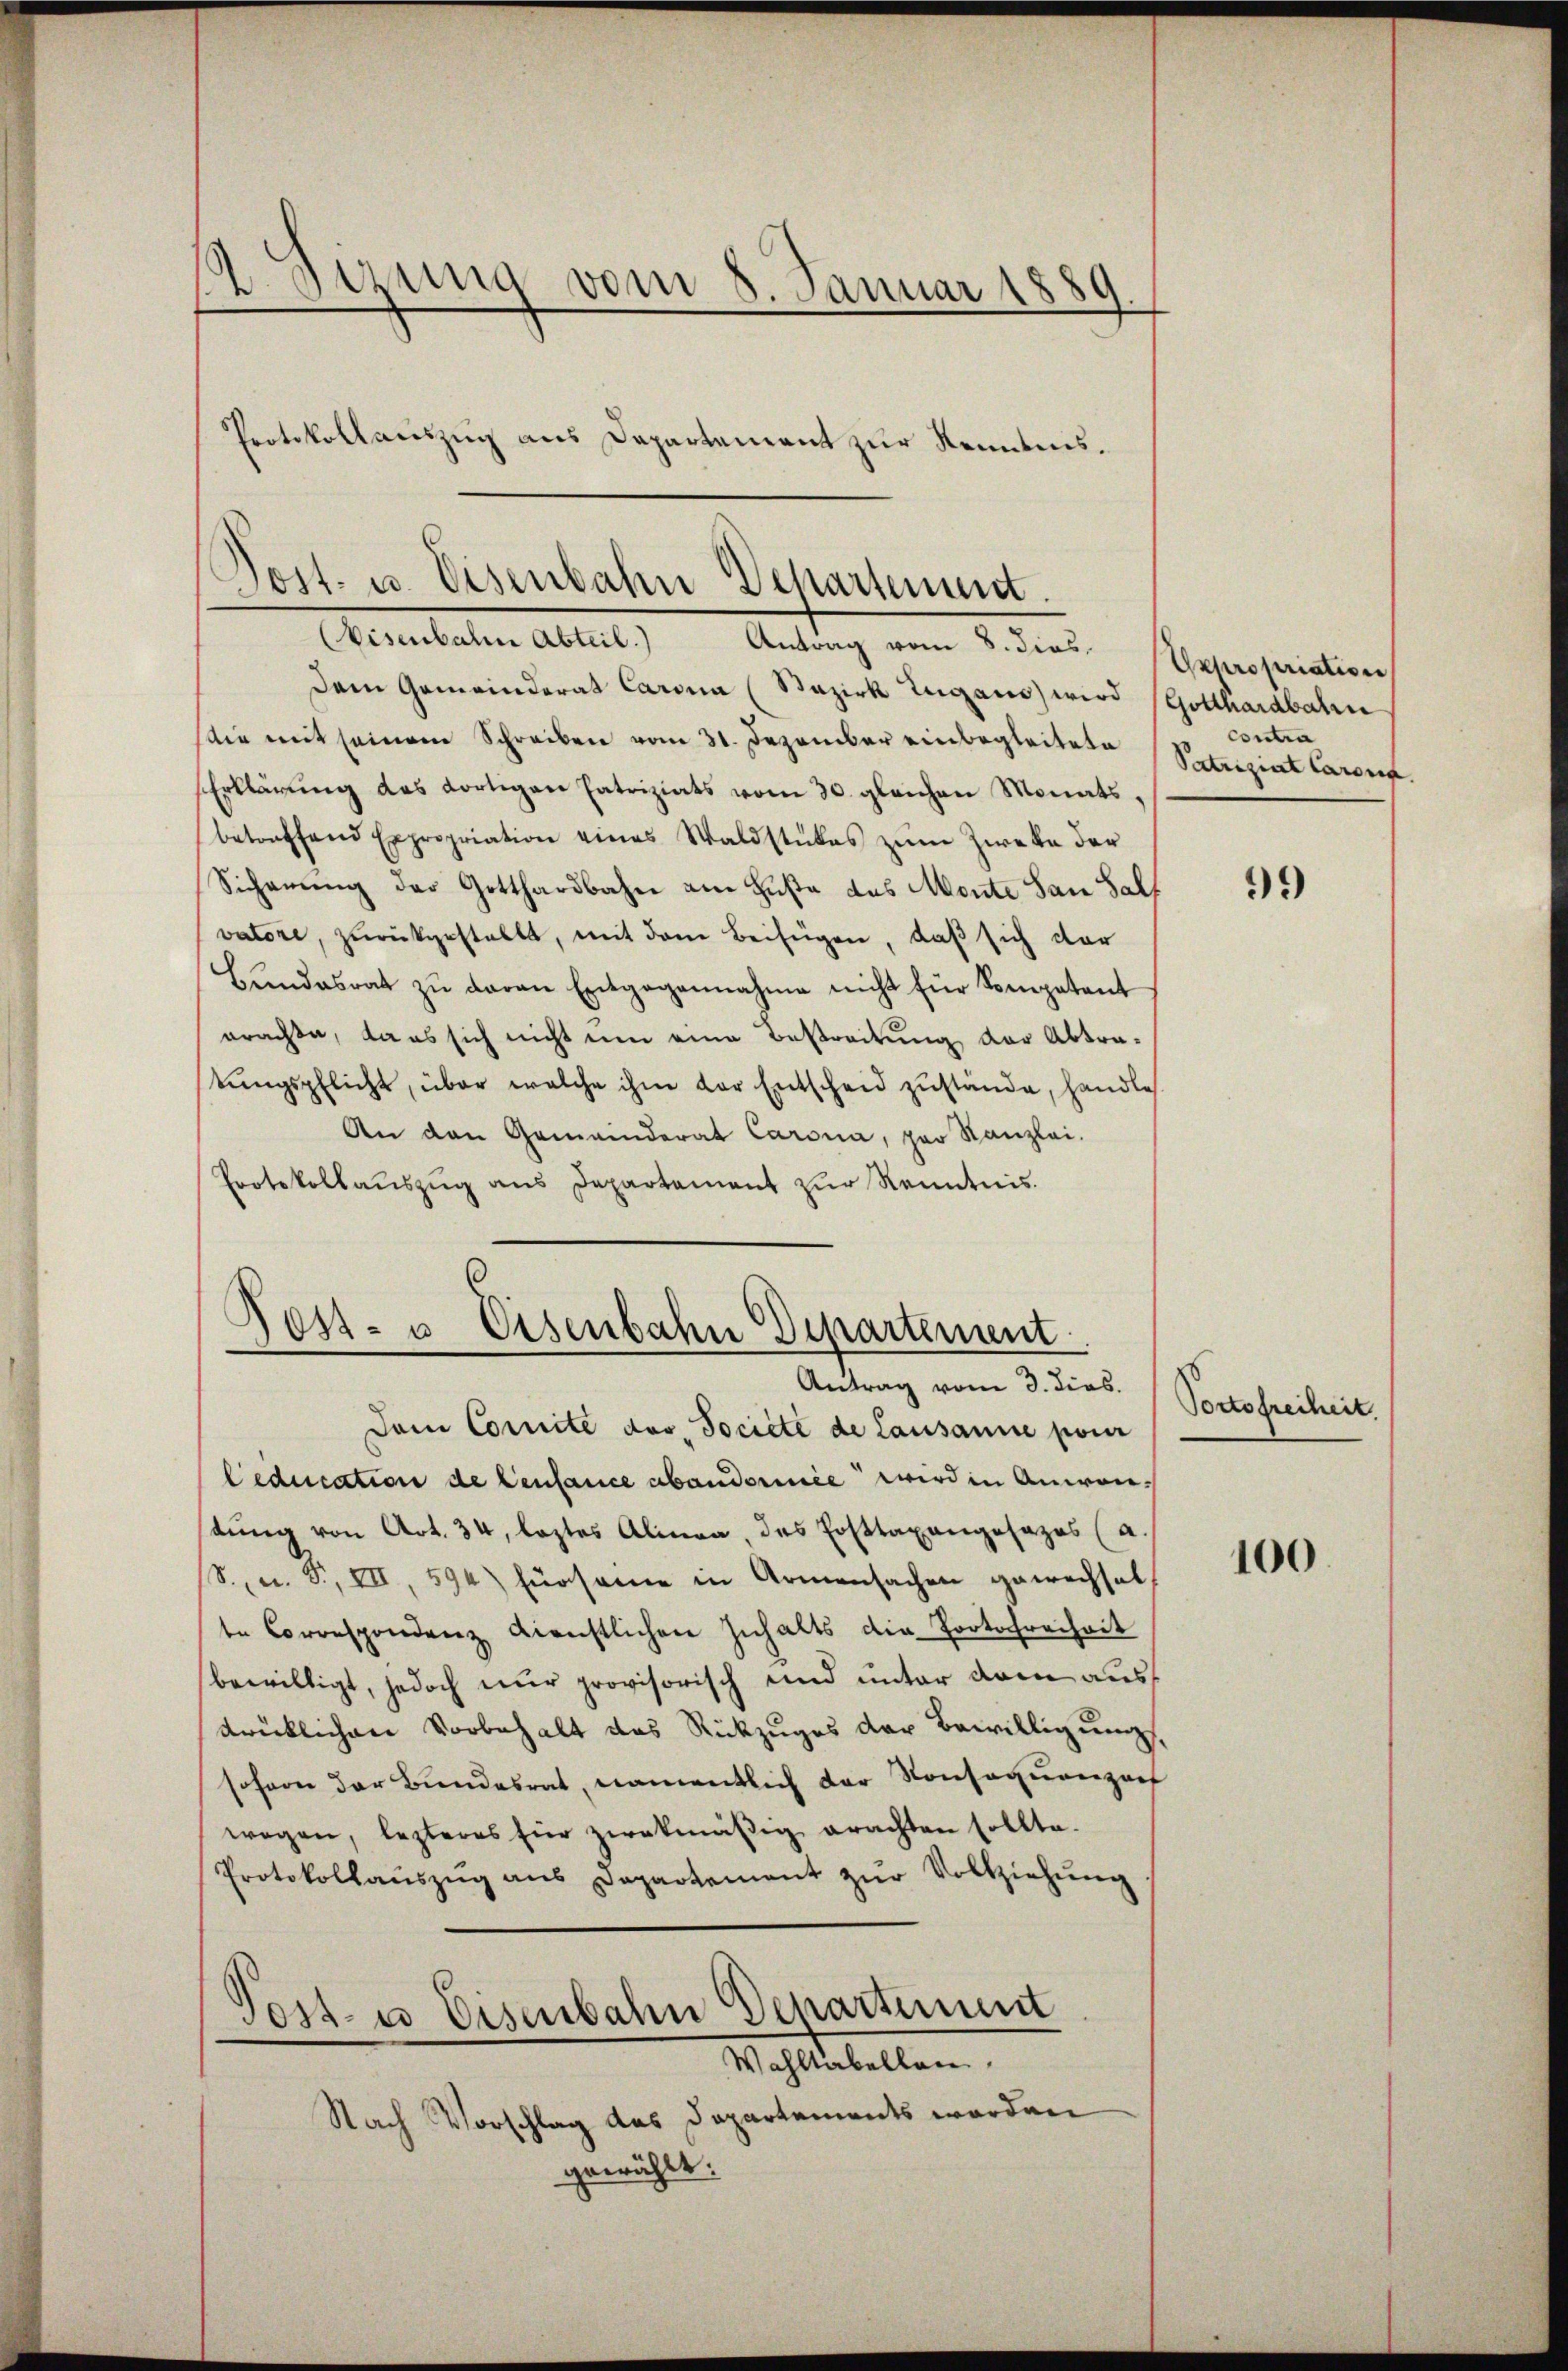
2 Sizung vom 8. Januar 1889

Post- u. Eisenbahn Departement.

Eisenbahn Abteil.) Antrag vom 8. dies
Dem Gemeinderat Carina (Bezirk Lugano wird Gotthardbahre
ie mit seinem Schreiben vom 31. Dezember einbegleitete
Erklärŭng des dortigen Patriziats vom 30. gleichen Monats,
betreffend Expropriation eines Waldstückes zŭm Zwecke der
Sicherung der Gotthardbahn am Husa des Monte San Salf
vatore, zurückgestellt, mit dem Beifügen, daß sich dar
Bŭndesrat zŭ davon Entgegennahme nicht für Sompetent
erachte, dans sich nicht um eine Bestreitung der Abtra-
tŭngspflicht, über welche ihm vor Entscheid zustände, handle
An den Gemeinderat Carona, par Kanzlei-
Protokollaŭszŭg ans Departement zŭr Kenntnis.

Post- u. Eisenbahn Departement
-
—
Antrag vom 3. dies.

Dem Cornité dos, Société de Lausanne pou
leducation de Centance abandormie wird in Anwenstung von Art. 34, leztes Alinea, das Posttaxangesezes (a.
S., n. F., VII, 594) fürsame in Armensachen gewechselt
te Correspondenz dienstlichen Inhalts die Portochreiheit
bewilligt, jedoch nur provisorisch und unter dem ausdrücklichen Vorbehalt das Rückzuges der Bewilligung
sofern der Bundesrat, namentlich der Konsequenzarf
wegen, lezteres hier zwekmäßig erachten sollte.
Protokollaŭszŭg ans Departement zŭr Vollziehŭng
Post- u Eisenbahn Departimet
Wahltabellen
Nach Vorschlag des Departements werden
gewählt:

Protokollauszug aus Departement zur Kenntnis.

Appropriation
Contra
Patriziat Carona

99)

Portofreiheit

100.